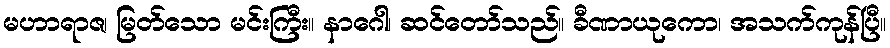
မဟာရာဇ၊ မြတ်သော မင်းကြီး။ နာဂေါ၊ ဆင်တော်သည်။ ခီဏာယုကော၊ အသက်ကုန်ပြီ။